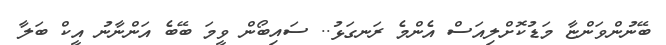
ބޭނުންވަންޏާ މަޑުކޮށްލިއަސް އެންމެ ރަނގަޅު.. ސައިބޯން ވީމަ ބޭބެ އަންނާނު އީކް ބަލާ